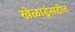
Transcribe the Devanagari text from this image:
खेळाडूंसहीत